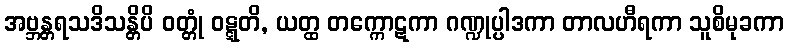
အဗ္ဘန္တရသဒိသန္တိပိ ဝတ္တုံ ဝဋ္ဋတိ, ယတ္ထ တက္ကောဋကာ ဂဏ္ဍုပ္ပါဒကာ တာလဟီရကာ သူစိမုခကာ